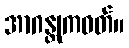
အာဂန္တုကဝတ်။